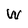
Character: W